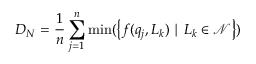
D _ { N } = \frac { 1 } { n } \sum _ { j = 1 } ^ { n } \operatorname* { m i n } ( \left\{ f ( q _ { j } , L _ { k } ) \mid L _ { k } \in \mathcal { N } \right\} )